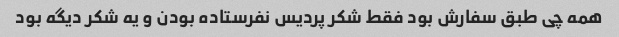
همه چی طبق سفارش بود فقط شکر پردیس نفرستاده بودن و یه شکر دیگه بود